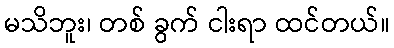
မသိဘူး၊ တစ် ခွက် ငါးရာ ထင်တယ်။